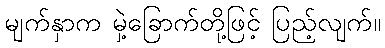
မျက်နှာက မှဲ့ခြောက်တို့ဖြင့် ပြည့်လျက်။